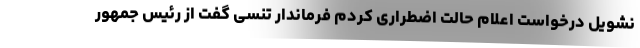
نشویل درخواست اعلام حالت اضطراری کردم فرماندار تنسی گفت از رئیس جمهور